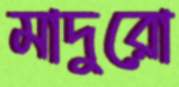
মাদুরো